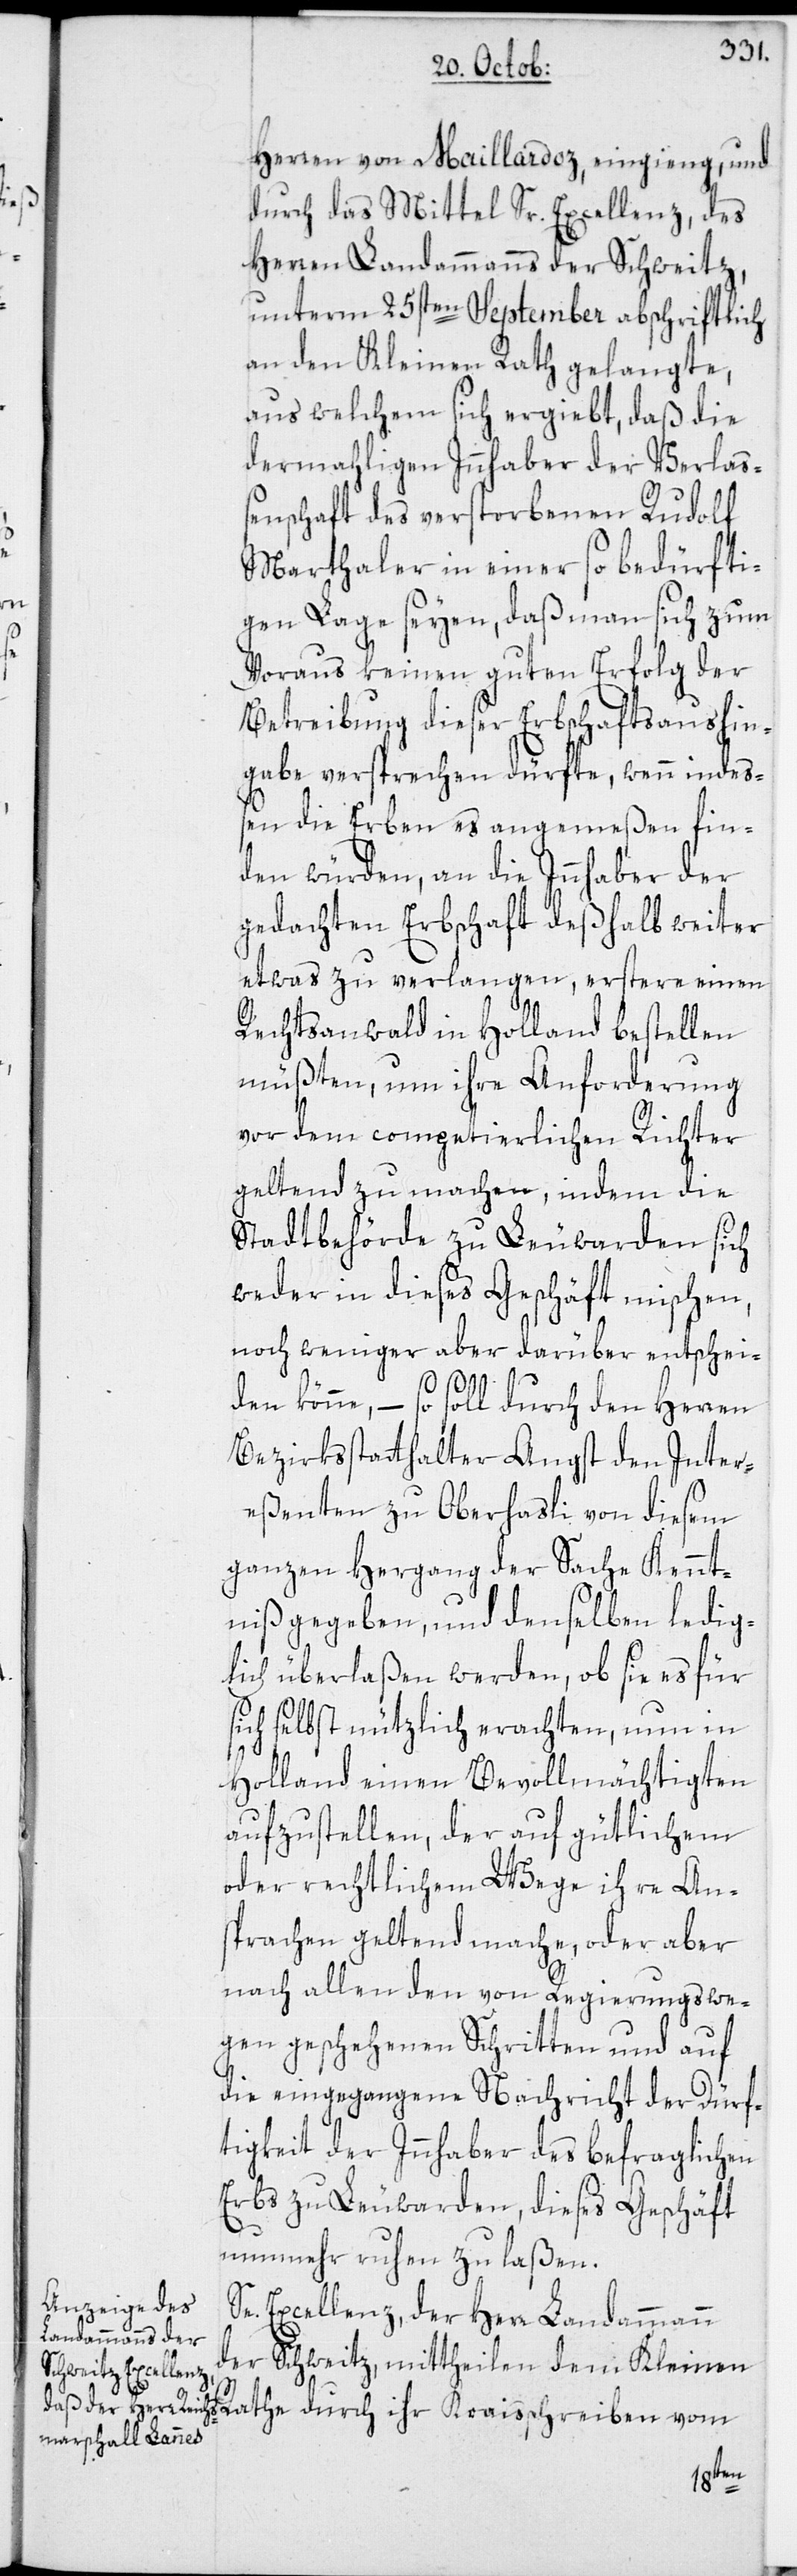
Herren von Maillardoz, eingieng, und
durch das Mittel Sr. Excellenz, des
Herren Landammanns der Schweitz,
unterm 25sten September abschriftlich
an den Kleinen Rath gelangte,
aus welchem sich ergiebt, daß die
dermahligen Innhaber der Verlaß¬
enschaft des verstorbenen Rudolf
Marthaler in einer so bedürfti¬
gen Lage seyen, daß man sich zum
Voraus keinen guten Erfolg der
Betreibung dieser Erbschaftsaushin¬
gabe versprechen dürfte, wenn indeß¬
en die Erben es angemeßen fin¬
den würden, an die Innhaber der
gedachten Erbschaft deßhalb weiter
etwas zu verlangen, erstere einen
Rechtsanwalt in Holland bestellen
müßten, um ihre Anforderung
vor dem competierlichen Richter
geltend zu machen, indem die
Stadtbehörde zu Leuwarden sich
weder in dieses Geschäft mischen,
noch weniger aber darüber entschei¬
den könne, – so soll durch den Herren
Bezirksstatthalter Angst den Inter¬
eßenten zu Oberhasli von diesem
ganzen Hergang der Sache Kennt¬
niß gegeben, und denselben ledig¬
lich überlaßen werden, ob sie es für
sich selbst nützlich erachten, nun in
Holland einen Bevollmächtigten
aufzustellen, der auf gütlichem
oder rechtlichem Wege ihre An¬
sprachen geltend mache, oder aber
nach allen den von Regierungswe¬
gen geschehenen Schritten und auf
die eingegangene Nachricht der Dürf¬
tigkeit der Innhaber des befraglichen
Erbs zu Leuwarden, dieses Geschäft
nunmehr ruhen zu laßen.
Se. Excellenz, der Herr Landammann
der Schweitz, mittheilen dem Kleinen